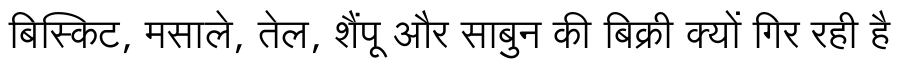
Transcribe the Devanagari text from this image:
बिस्किट, मसाले, तेल, शैंपू और साबुन की बिक्री क्यों गिर रही है